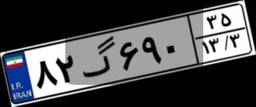
۸۲گ۶۹۰۳۵